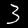
Digit: 3